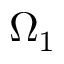
\Omega _ { 1 }